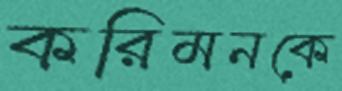
করিমনকে